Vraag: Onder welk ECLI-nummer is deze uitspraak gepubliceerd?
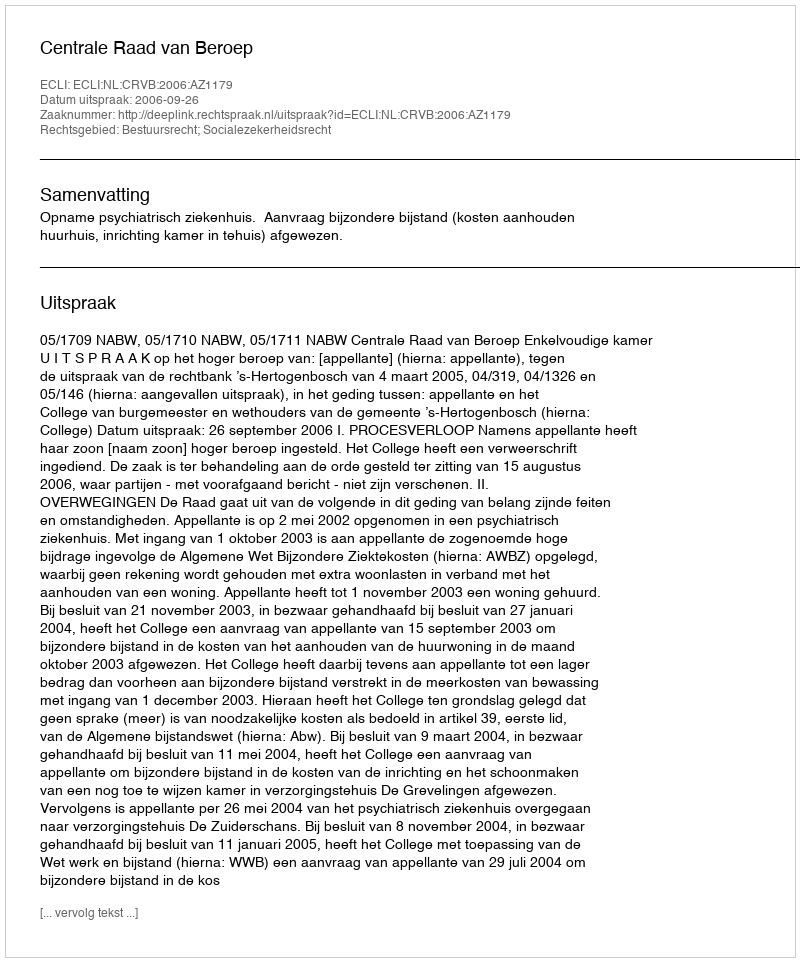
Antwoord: ECLI:NL:CRVB:2006:AZ1179